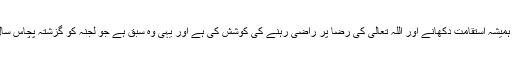
لیکن میں نے کمزوری دکھانے کے بجائے ہمیشہ استقامت دکھانے اور اللہ تعالیٰ کی رضا پر راضی رہنے کی کوشش کی ہے اور یہی وہ سبق ہے جو لجنہ کو گزشتہ پچاس سال سے زائد عرصہ سے میں دیتی رہی ہوں ۔